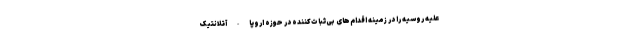
علیه روسیه را در زمینه اقدام‌های بی‌ثبات‌کننده در حوزه اروپا-آتلانتیک